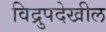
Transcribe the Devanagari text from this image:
विद्रुपदेखील